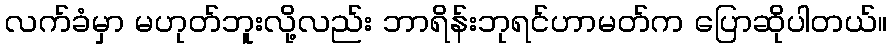
လက်ခံမှာ မဟုတ်ဘူးလို့လည်း ဘာရိန်းဘုရင်ဟာမတ်က ပြောဆိုပါတယ်။